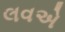
લવએ